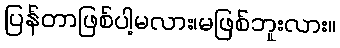
ပြန်တာဖြစ်ပါ့မလား၊မဖြစ်ဘူးလား။